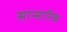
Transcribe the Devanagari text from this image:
सान्सारिक